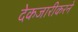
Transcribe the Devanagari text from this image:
देकजारीकरने